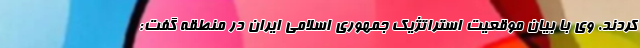
کردند. وی با بیان موقعیت استراتژیک جمهوری اسلامی ایران در منطقه گفت: